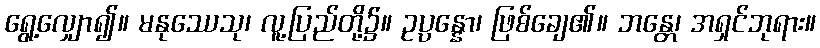
ရွေ့လျှော၍။ မနုဿေသု၊ လူ့ပြည်တို့၌။ ဥပ္ပန္နော၊ ဖြစ်ချေ၏။ ဘန္တေ၊ အရှင်ဘုရား။